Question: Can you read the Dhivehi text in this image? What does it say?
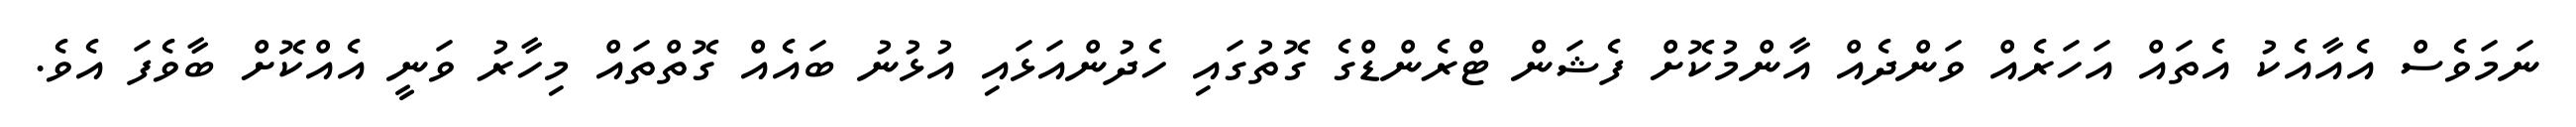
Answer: ނަމަވެސް އެއާއެކު އެތައް އަހަރެއް ވަންދެއް އާންމުކޮށް ފެޝަން ޓްރެންޑްގެ ގޮތުގައި ހެދުންއަޅައި އުޅުނު ބައެއް ގޮތްތައް މިހާރު ވަނީ އެއްކޮށް ބާވެފަ އެވެ.